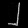
Digit: ၂